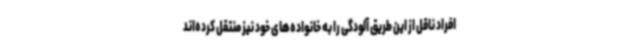
افراد ناقل از این طریق آلودگی را به خانواده‌های خود نیز منتقل کرده‌اند